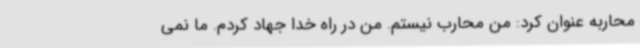
محاربه عنوان کرد: من محارب نیستم. من در راه خدا جهاد کردم. ما نمی